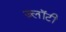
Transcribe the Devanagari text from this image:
ज़्लॉटी